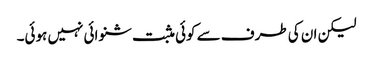
لیکن ان کی طرف سے کوئی مثبت شنوائی نہیں ہوئی۔